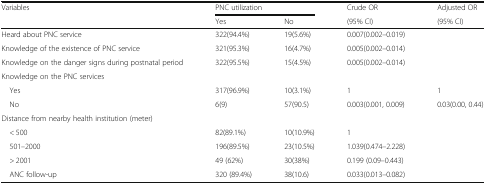
| <ROWSPAN=2> Variables | <COLSPAN=2> PNC utilization | Crude OR | Adjusted OR |
 | Yes | No | (95% CI) | (95% CI) |
 | --- | --- | --- | --- | --- |
 | Heard about PNC service | 322(94.4%) | 19(5.6%) | 0.007(0.002–0.019) |  |
 | Knowledge of the existence of PNC service | 321(95.3%) | 16(4.7%) | 0.005(0.002–0.014) |  |
 | Knowledge on the danger signs during postnatal period | 322(95.5%) | 15(4.5%) | 0.005(0.002–0.014) |  |
 | <COLSPAN=5> Knowledge on the PNC services |
 | Yes | 317(96.9%) | 10(3.1%) | 1 | 1 |
 | No | 6(9) | 57(90.5) | 0.003(0.001, 0.009) | 0.03(0.00, 0.44) |
 | <COLSPAN=5> Distance from nearby health institution (meter) |
 | < 500 | 82(89.1%) | 10(10.9%) | 1 |  |
 | 501–2000 | 196(89.5%) | 23(10.5%) | 1.039(0.474–2.228) |  |
 | > 2001 | 49 (62%) | 30(38%) | 0.199 (0.09–0.443) |  |
 | ANC follow-up | 320 (89.4%) | 38(10.6) | 0.033(0.013–0.082) |  |